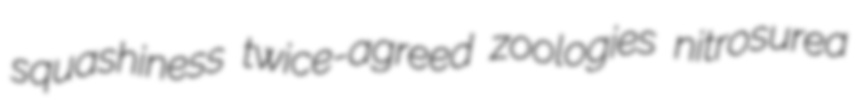
squashiness twice-agreed zoologies nitrosurea